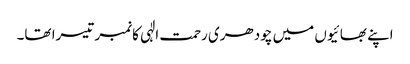
اپنے بھائیوں میں چودھری رحمت الٰہی کانمبر تیسرا تھا۔